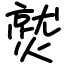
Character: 𤎼